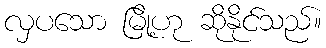
လှပသော မြို့ဟု ဆိုနိုင်သည်။